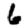
Digit: 6